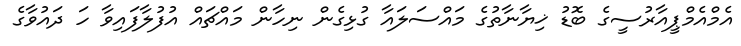
އެމްއެމްޕީއާރުސީގެ ބޮޑު ޚިޔާނާތުގެ މައްސަލައާ ގުޅިގެން ނިހާން މައްޗައް އުފުލާފައިވާ ހަ ދައުވާގެ